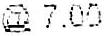
@7.00